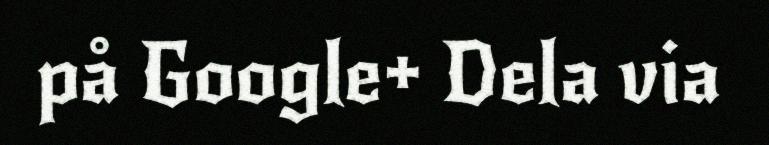
på Google+ Dela via